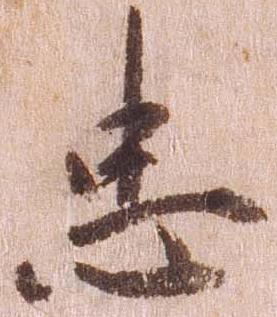
忠